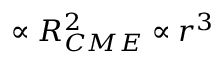
\propto R _ { C M E } ^ { 2 } \propto r ^ { 3 }